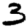
Digit: 3